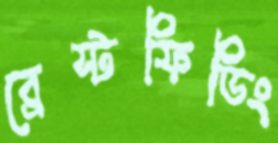
ব্রেস্টফিডিং